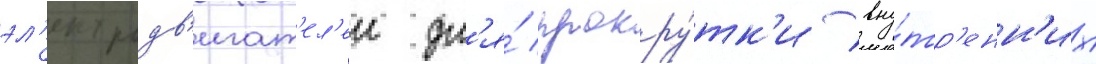
эл'ектродв'игат'ел'еи дл'я́ прокру́тк'и вну́тр'енн'их